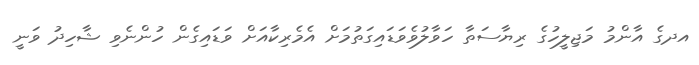
އދގެ އާންމު މަޖިލީހުގެ ރިޔާސަތާ ހަވާލުވެވަޑައިގަތުމަށް އެމެރިކާއަށް ވަޑައިގެން ހުންނެވި ޝާހިދު ވަނީ